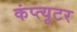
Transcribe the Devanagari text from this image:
कंप्त्यूटर